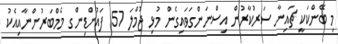
މި ބޭންކަކީ ޗައިނާ ސަރުކާރުން އިސްނަންގަވައިގެން މުޅި ޖުމްލަ 57 ފައުންޑިންގ މެމްބަރުންނާއިއެކު